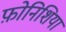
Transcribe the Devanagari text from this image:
फ़ोनिशिया